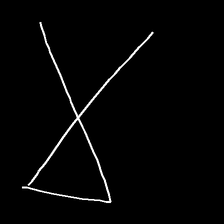
Glyph: collection